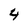
Character: 4